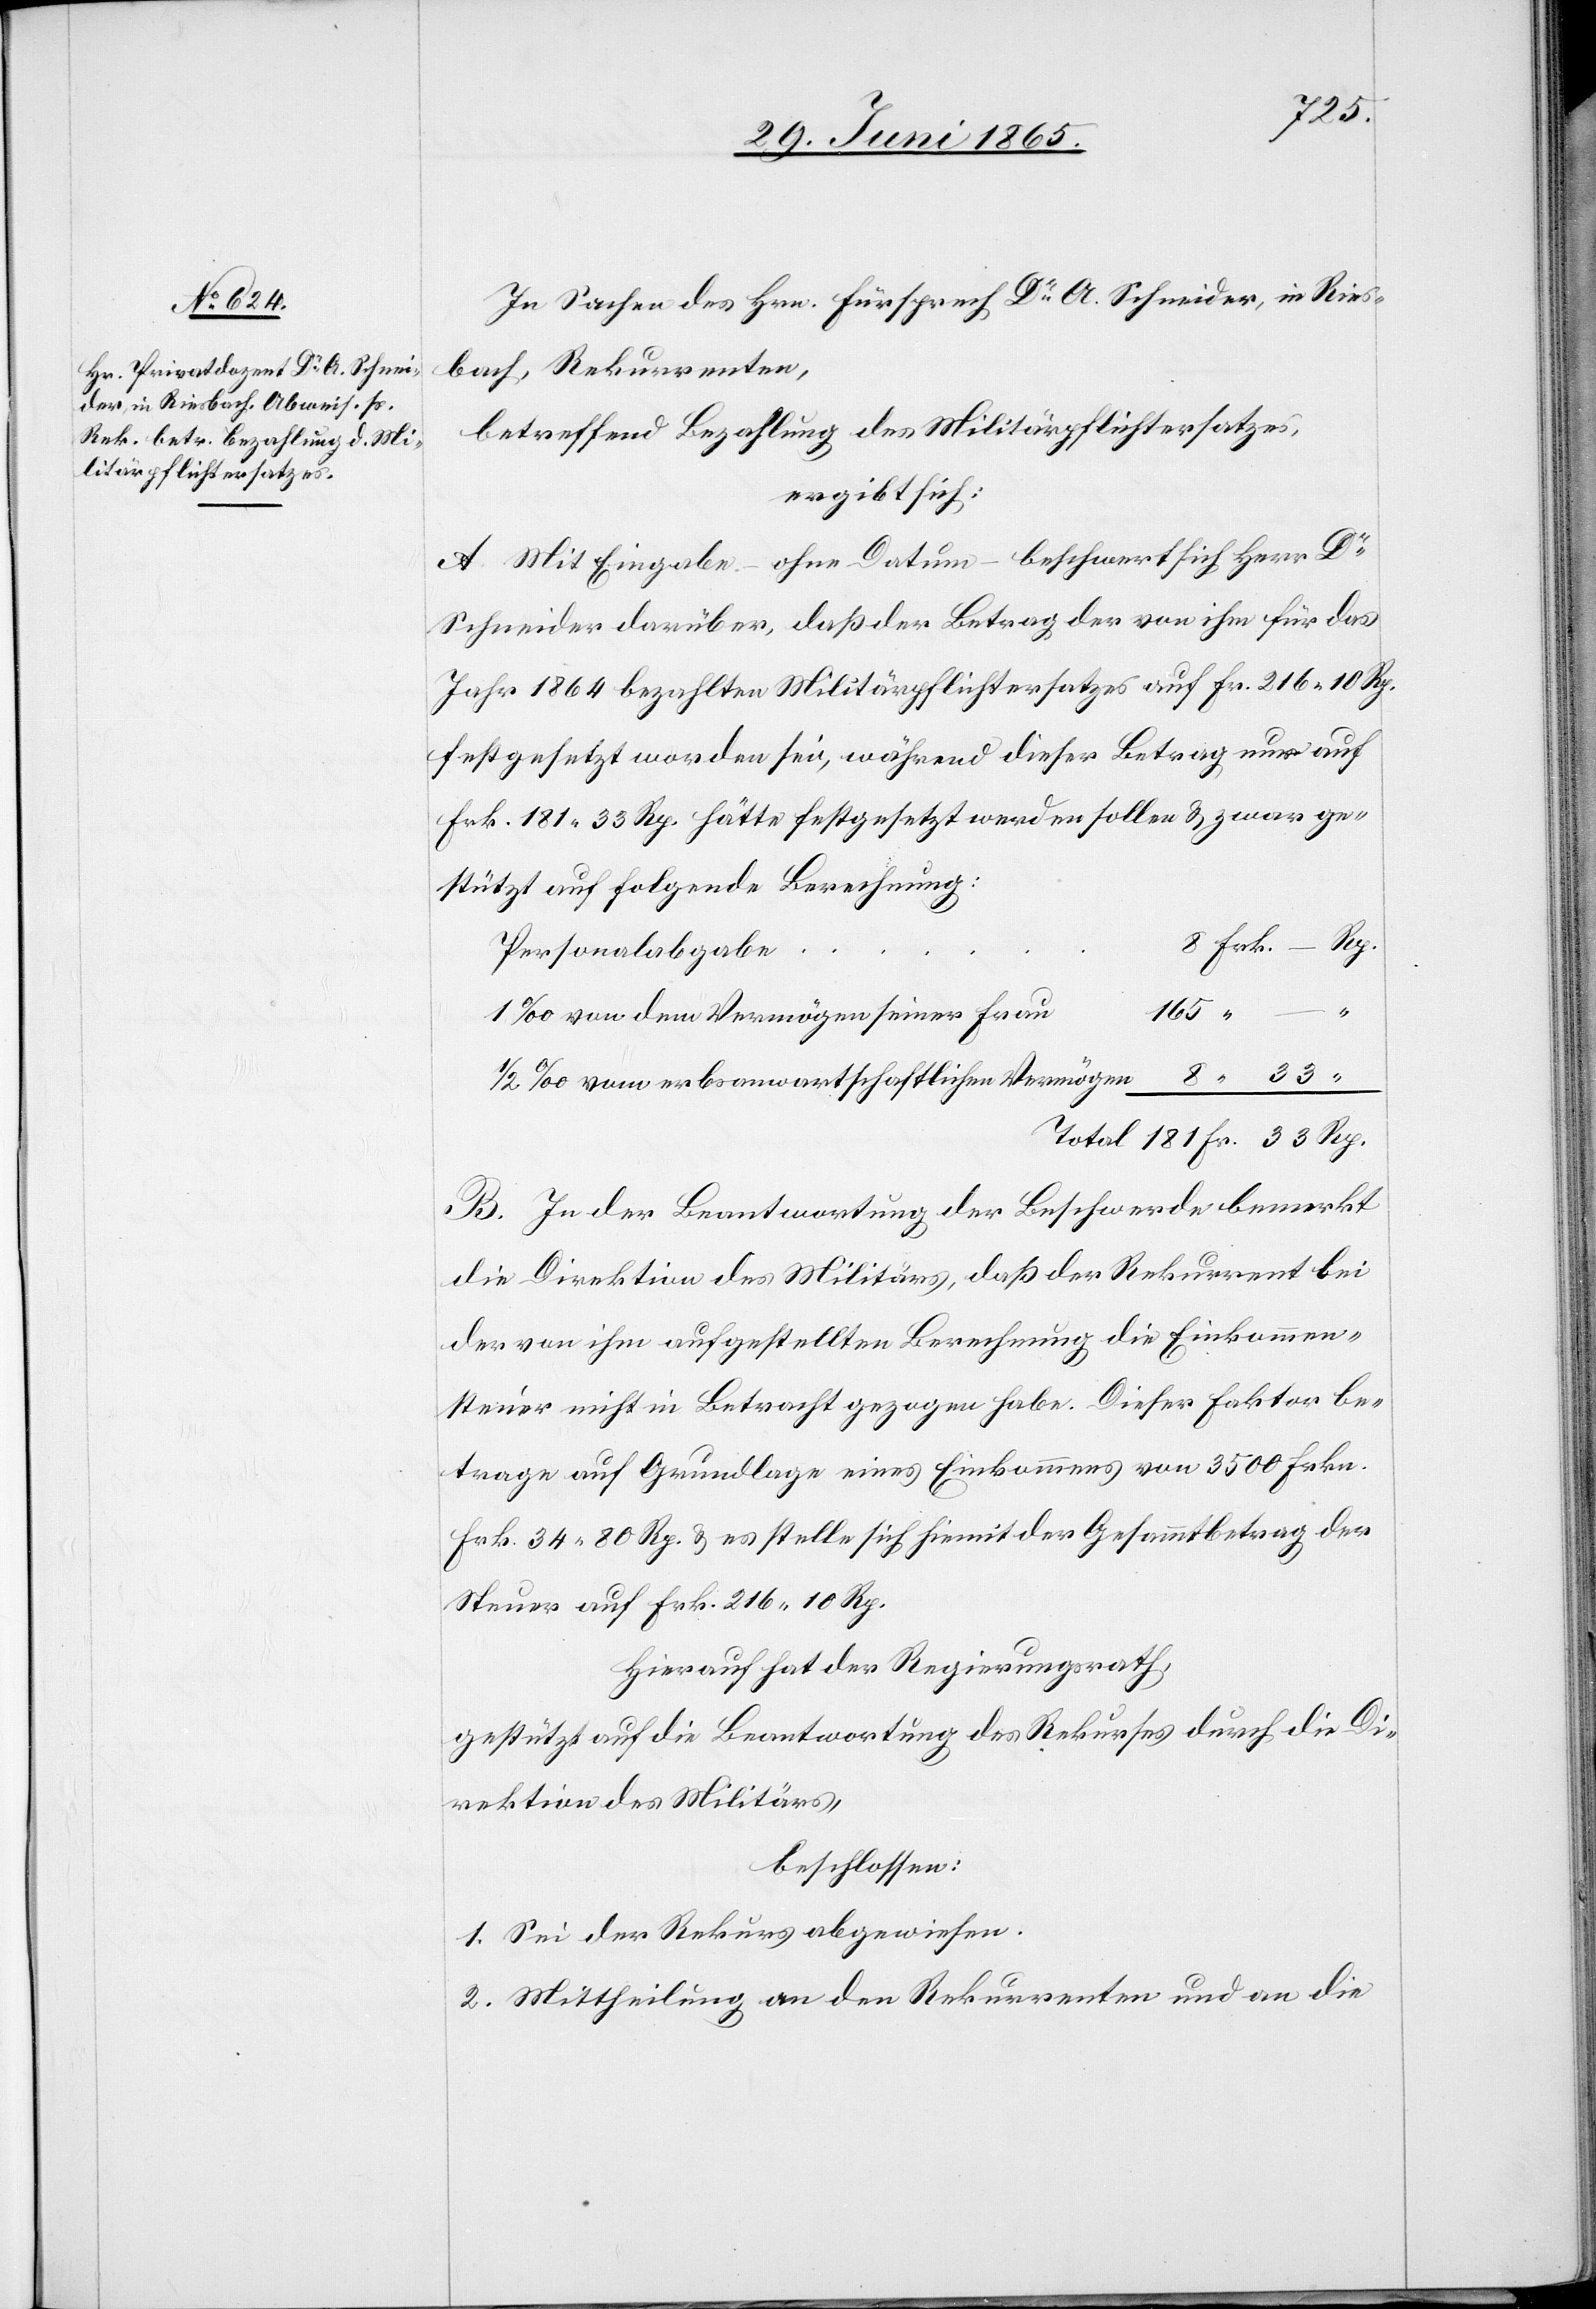
In Sachen des Hrn. Fürsprech Dr A. Schneider, in Ries¬
bach, Rekurrenten,
betreffend Bezahlung des Militärpflichtersatzes,
ergibt sich:
A. Mit Eingabe – ohne Datum – beschwert sich Herr Dr
Schneider darüber, daß der Betrag der von ihm für das
Jahr 1864 bezahlten Militärpflichtersatezs auf fr. 216.10 Rp.
festgesetzt worden sei, während dieser Betrag nur auf
Frk. 181.33 Rp. hätte festgesetzt werden sollen & zwar ge¬
stützt auf folgende Berechnung:
Personalabgabe
181
1 ‰ von dem Vermögen seiner frau
½ ‰ vom erbsanwartschaftlichen Vermögen
B. In der Beantwortung der Beschwerde bemerkt
die Direktion des Militärs, daß der Rekurrent bei
der von ihm aufgestellten Berechnung die Einkommen¬
steuer nicht in Betracht gezogen habe. Dieser Faktor be¬
trage auf Grundlage eines Einkommens von 3500 Frkn.
Frk. 34.80 Rp. & es stelle sich hiemit der Gesammtbetrag der
Steuer auf Frk. 216.10 Rp.
Hierauf hat der Regierungsrath,
gestützt auf die Beantwortung des Rekurses durch die Di¬
rektion des Militärs,
beschlossen:
1. Sei der Rekurs abgewiesen.
2. Mittheilung an den Rekurrenten und an die